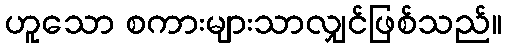
ဟူသော စကားများသာလျှင်ဖြစ်သည်။